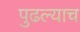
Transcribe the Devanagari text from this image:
पुढल्याच